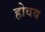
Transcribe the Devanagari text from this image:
होवय